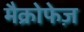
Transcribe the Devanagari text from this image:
मैक्रोफेज़